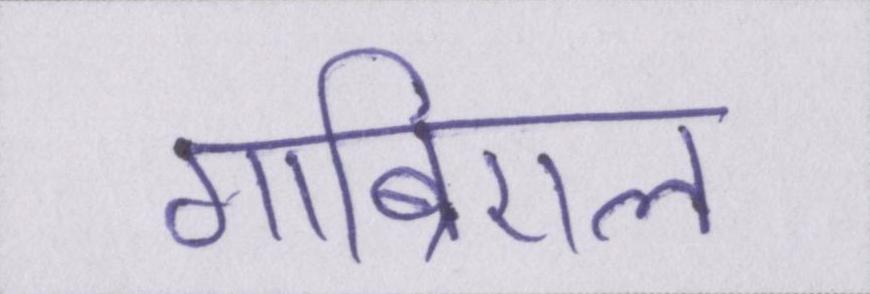
गाब्रिएल